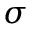
\sigma